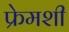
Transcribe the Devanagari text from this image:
फ्रेमशी